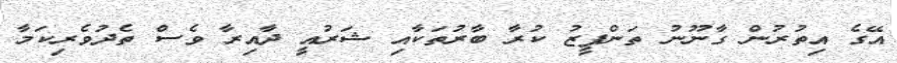
އޭގެ އިތުރުން ގާނޫނު ތަންފީޒު ކުރާ ބާރުތަކާއި ޝަރުއީ ދާއިރާ ވެސް ތެދުވެރިކަމާ